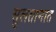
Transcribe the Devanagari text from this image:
सुलतानात